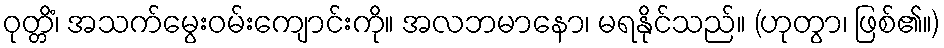
ဝုတ္တိံ၊ အသက်မွေးဝမ်းကျောင်းကို။ အလဘမာနော၊ မရနိုင်သည်။ (ဟုတွာ၊ ဖြစ်၏။)